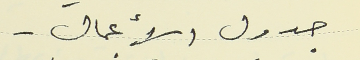
جدول الأعمال .